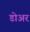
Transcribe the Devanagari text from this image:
डोअर